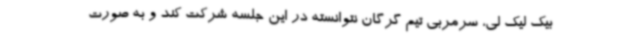
بیک لیک لی، سرمربی تیم گرگان نتوانسته در این جلسه شرکت کند و به صورت